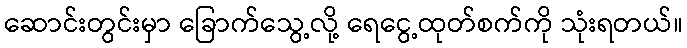
ဆောင်းတွင်းမှာ ခြောက်သွေ့လို့ ရေငွေ့ထုတ်စက်ကို သုံးရတယ်။